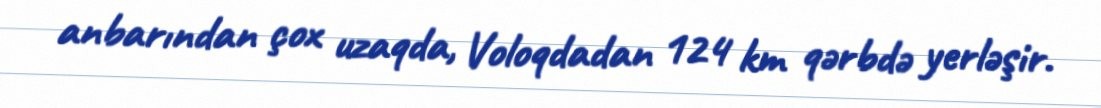
anbarından çox uzaqda, Voloqdadan 124 km qərbdə yerləşir.